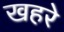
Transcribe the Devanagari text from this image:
खहरे